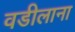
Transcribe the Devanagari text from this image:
वडीलाना